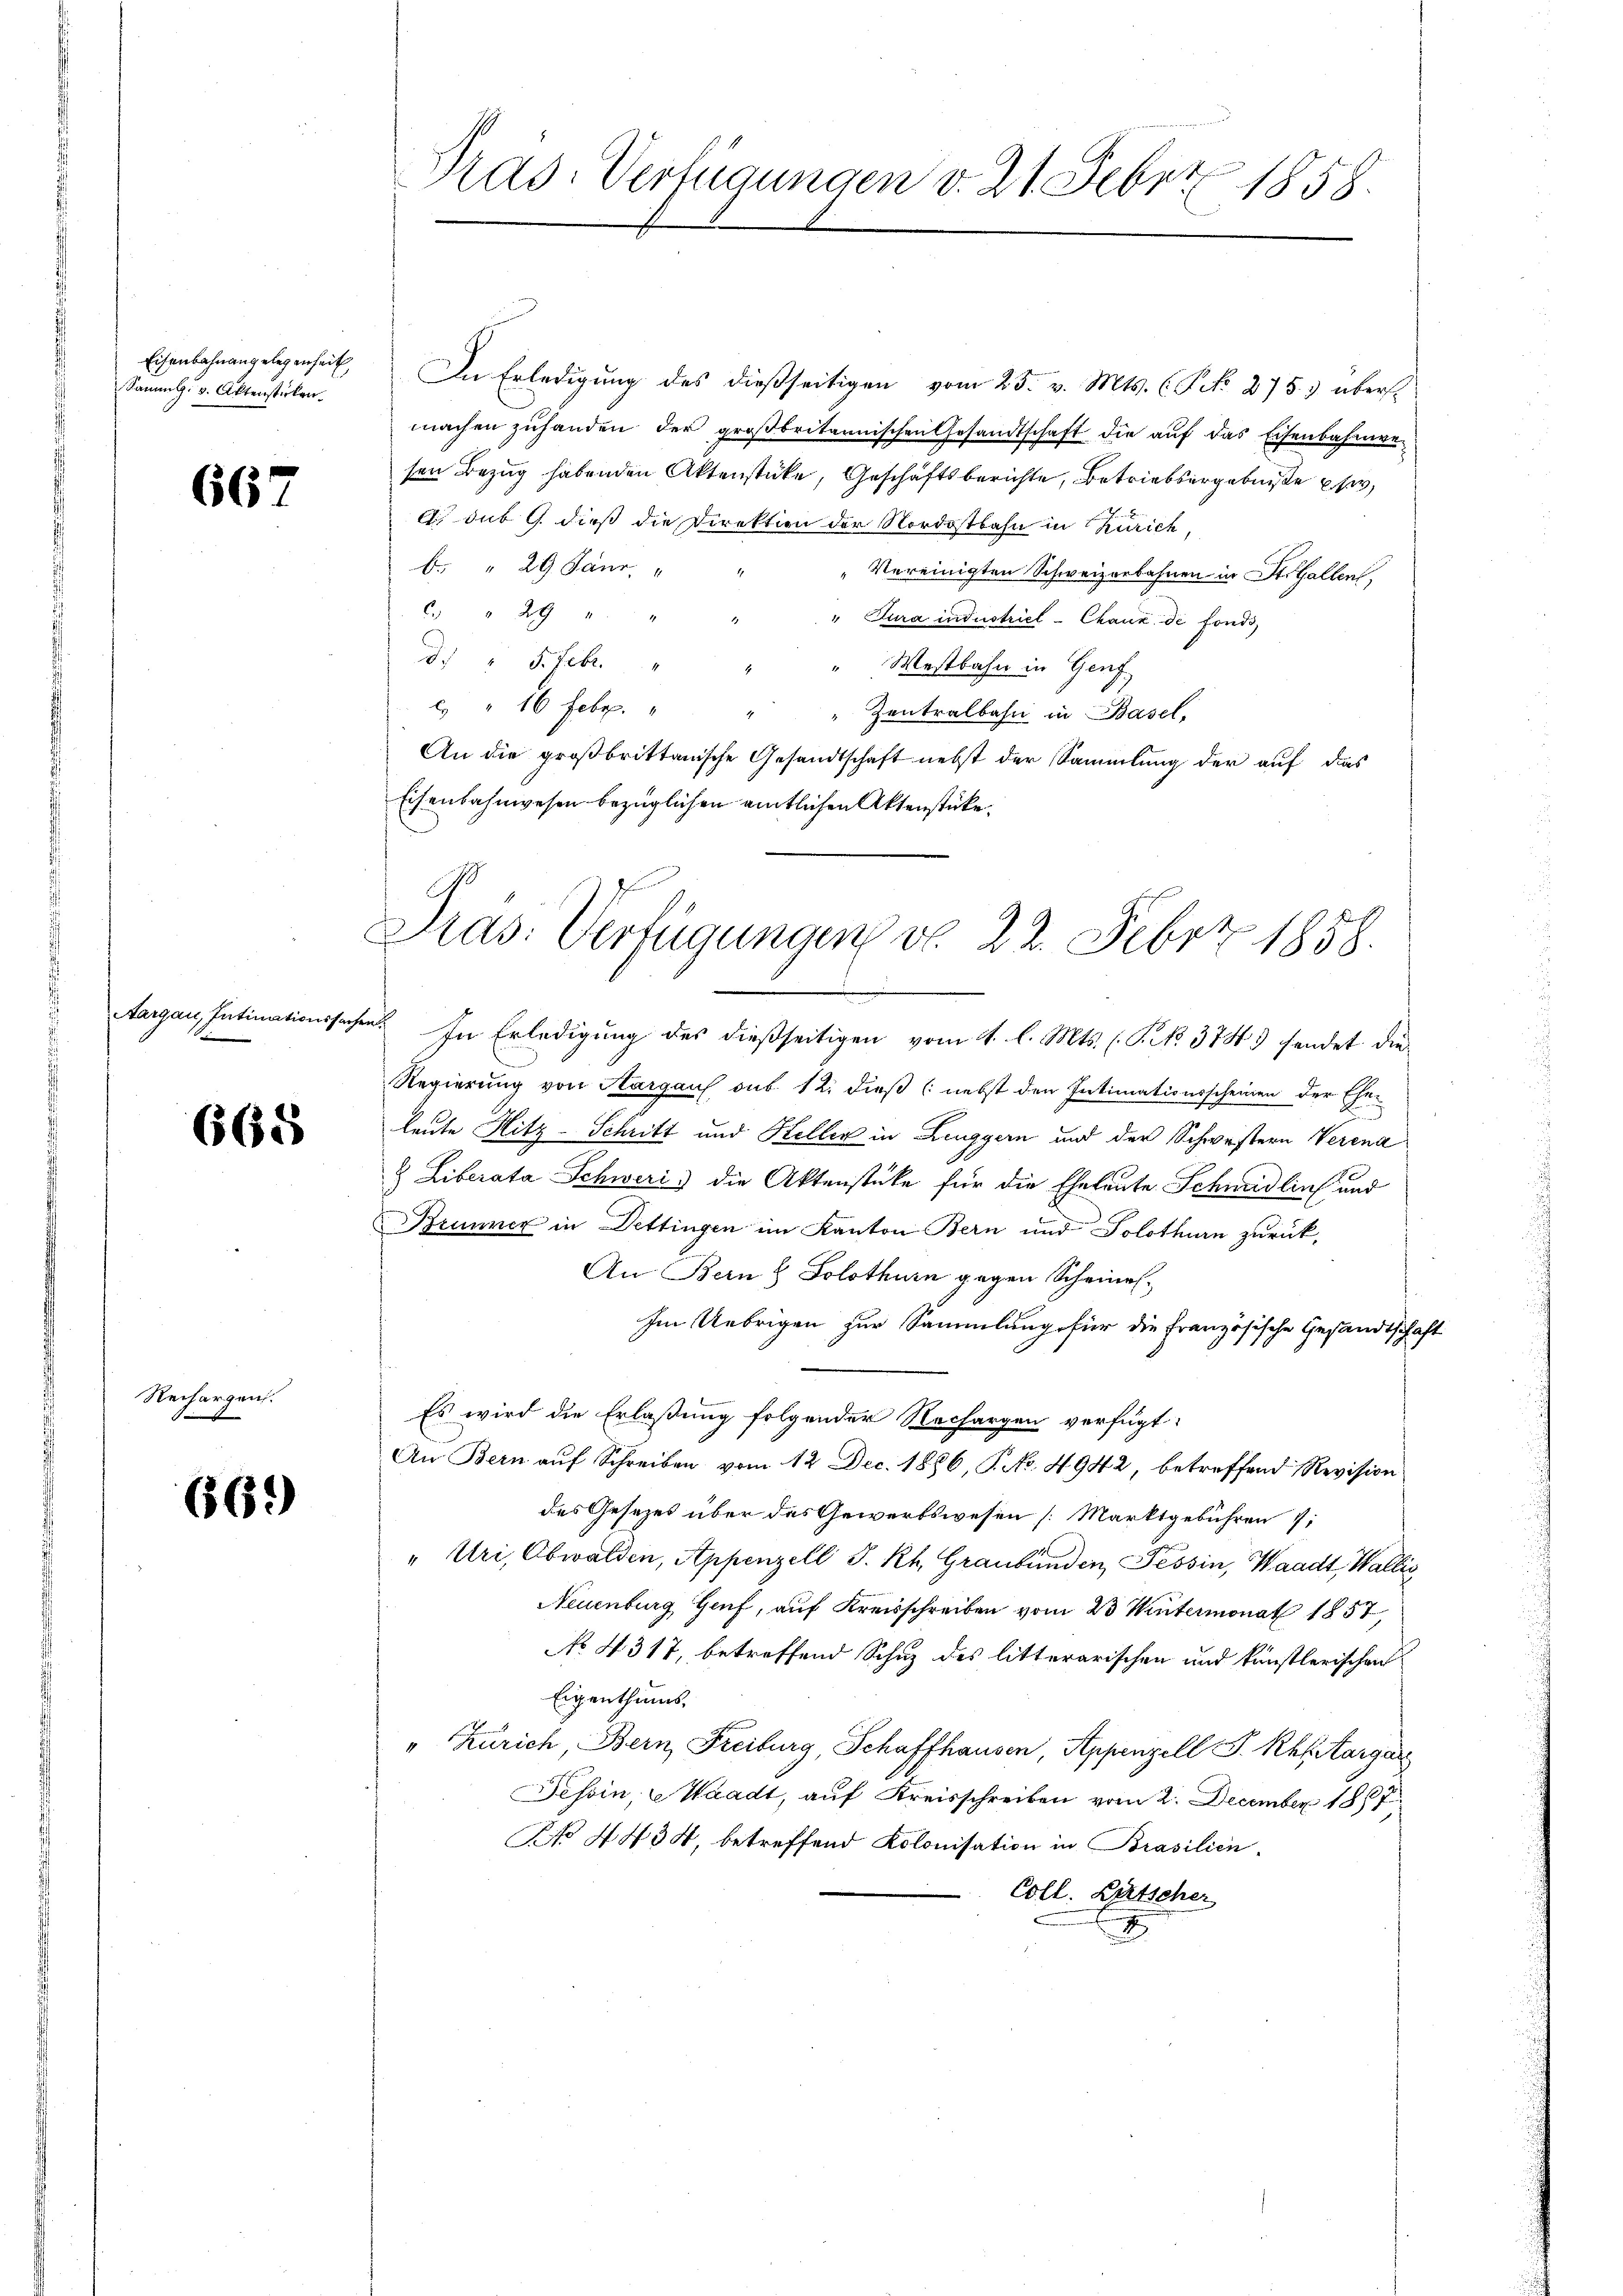
Eisenbahnangelegenheit,
Samml. v. Aktenstücken.

667

665

Rechargen.
7

669

Die Erledigung des dießseitigen vom 25. v. Mts. (Frk. 275) überst
machen zuhanden der großbritannischen Gesandtschaft die auf das Eisenbahnwesen Bezug habenden Aktenstücke, Geschäftsberichte, Betriebsergebniße es
A. sub 9. dieß die Direktion der Nordostbahn in Zürich,
b. " 29 Janr.
Vereinigten Schweizerbahnen in St. Gallen,
C " 29 " "
" Jura industriel - Chaux de fonds,
d. " 5. Febr.
"Mestbahn in Genf
 " 16 Febr. " "
Zentralbahn in Basel,
An die großbrittanische Gesandtschaft nebst der Sammlung der auf das
Eisenbahnwesen bezüglichen amtlichen Aktenstücke.

Pras: Verfügungen v. 21. Feber 1858.

Pras. Verfügungen v. 22. Febr. 1858.

Aargau, Intimationssachen. In Erledigung des dießseitigen vom 4. l. Mts. (T. 3743) sendet die
Regierung von Hargau sub. 12. dieß (nebst den Intimationsscheinen der Ehe-
leute Hitz-Schritt und Heller in Leuggern und der Schwestern Verena
& Liberata Schweri) die Aktenstüke für die Eheleute Schweidlin und
Brunner in Dettingen im Kanton Bern und Solothurn zurück,
An Bern & Solothurn gegen Scheines
Im Uebrigen zur Sammlung für die Französische Gesandtschaft
Es wird die Erlaßung folgender Nachargen verfügt:
An Bern auf Schreiben vom 12. Dec. 1886, P. No. 4942, betreffend Revision
des Gesetzes über das Gewerbswesen [Marktgebühren 7:
" Uri, Obwalden, Appenzell S. Rh. Graubünden, Tessin, Waadt, Wallis
Neuenburg Genf, auf Kreisschreiben vom 23. Wintermonat 1857,
No 4317, betreffend Schuz des litterarischen und künstlerischen
Eigenthums,
"Zürich, Bern, Freiburg, Schaffhausen, Appenzell P. Rhfitargar
Tessin, Waadt, auf Kreisschreiben vom 2. December 1887
No 4434, betreffend Kolonisation in Brasilien.
Coll. Bertscher